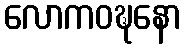
လောကဝဍ္ဎနော